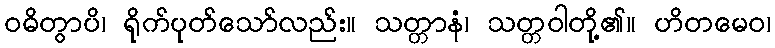
ဝဓိတွာပိ၊ ရိုက်ပုတ်သော်လည်း။ သတ္တာနံ၊ သတ္တဝါတို့၏။ ဟိတမေဝ၊